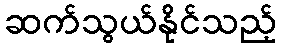
ဆက်သွယ်နိုင်သည့်